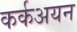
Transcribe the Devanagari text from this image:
कर्कअयन